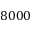
8 0 0 0